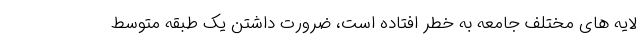
لایه های مختلف جامعه به خطر افتاده است، ضرورت داشتن یک طبقه متوسط